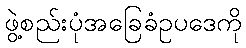
ဖွဲ့စည်းပုံအခြေခံဥပဒေကို